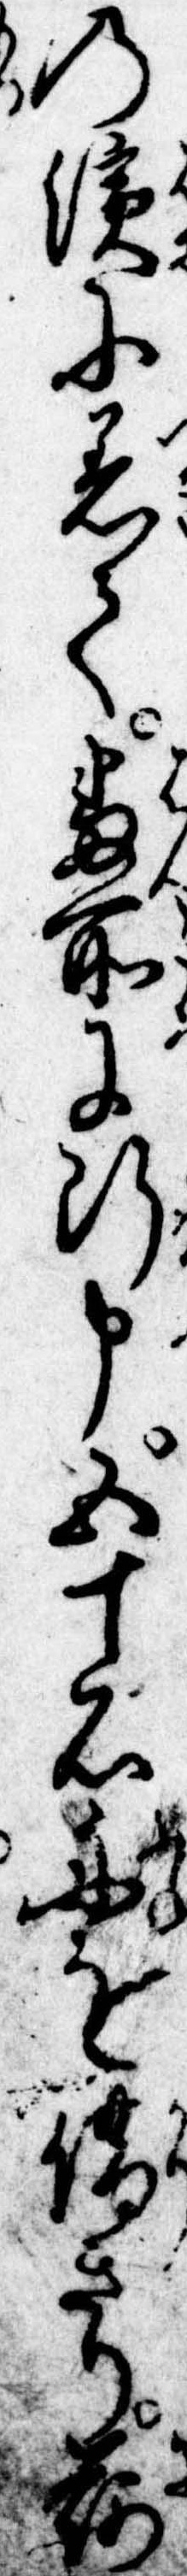
の浜に着て番所に断申五十石舟を借きり荷